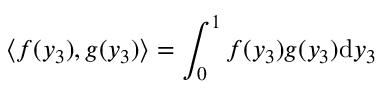
\left\langle f ( y _ { 3 } ) , g ( y _ { 3 } ) \right\rangle = \int _ { 0 } ^ { 1 } f ( y _ { 3 } ) g ( y _ { 3 } ) \mathrm { d } y _ { 3 }